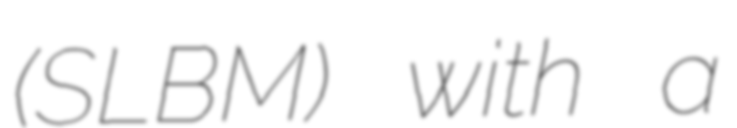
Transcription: (SLBM) with a